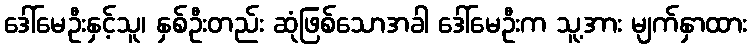
ဒေါ်မေဦးနှင့်သူ၊ နှစ်ဦးတည်း ဆုံဖြစ်သောအခါ ဒေါ်မေဦးက သူ့အား မျက်နှာထား